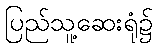
ပြည်သူ့ဆေးရုံ၌